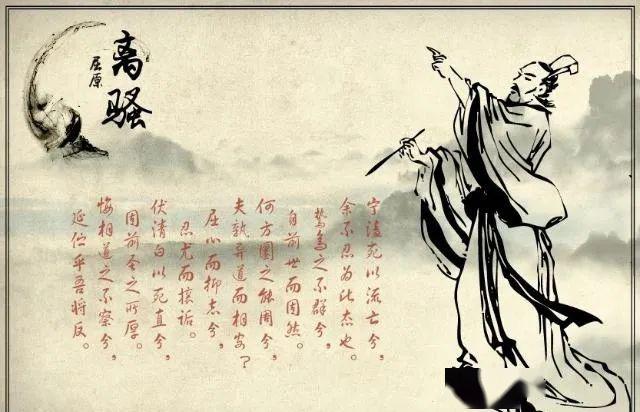
聪以知远，明以察微。